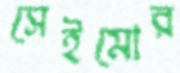
সেইমোর